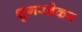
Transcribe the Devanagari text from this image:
शुगरबेकर